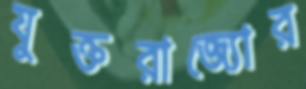
যুক্তরাজ্যোর